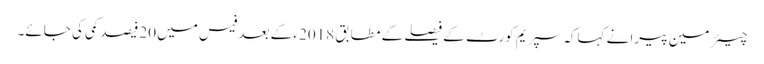
چیئر مین پیرا نے کہاکہ سپریم کورٹ کے فیصلے کے مطابق 2018ء کے بعد فیس میں 20فیصد کمی کی جائے۔